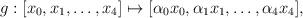
LaTeX: \begin{align*}g:[x_0,x_1,\ldots,x_4]\mapsto[\alpha_0x_0,\alpha_1x_1,\ldots,\alpha_4x_4],\end{align*}